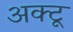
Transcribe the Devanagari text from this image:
अक्टू